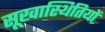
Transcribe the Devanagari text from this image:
सूखास्थितियों